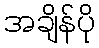
အချိန်ပို